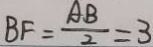
B F = \frac { A B } { 2 } = 3